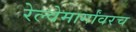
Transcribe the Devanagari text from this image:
रेल्वेमार्गांवरच